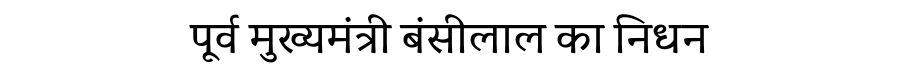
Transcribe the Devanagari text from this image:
पूर्व मुख्यमंत्री बंसीलाल का निधन